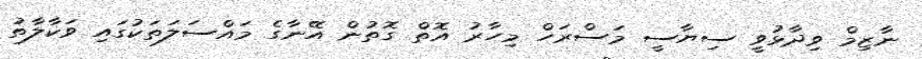
ނާޒިމް ވިދާޅުވީ ސިޔާސީ މަސްރަހް މިހާރު އޮތް ގޮތުން އޭނާގެ މައްސަލަތަކުގައި ވަކާލާތު